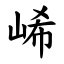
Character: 㟓